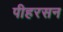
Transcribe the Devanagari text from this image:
पीहरसन